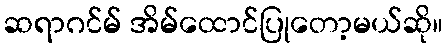
ဆရာဂင်မ် အိမ်ထောင်ပြုတော့မယ်ဆို။